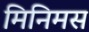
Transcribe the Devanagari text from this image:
मिनिमस